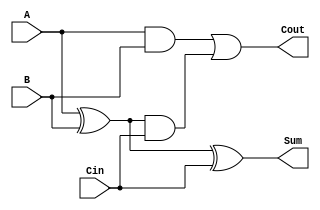
module FullAdder(
    input A, 
    input B, 
    input Cin, 
    output reg Sum, 
    output reg Cout
);

always @ (*) begin
    Sum = A ^ B ^ Cin;
    Cout = (A & B) | ((A ^ B) & Cin);
end

endmodule